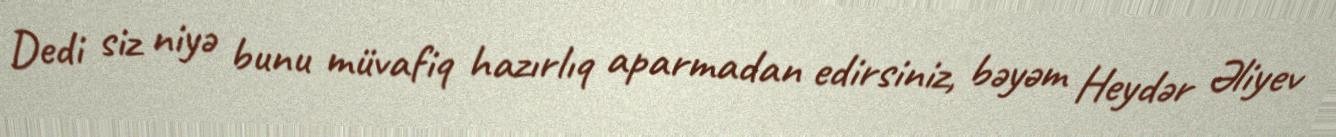
Dedi siz niyə bunu müvafiq hazırlıq aparmadan edirsiniz, bəyəm Heydər Əliyev